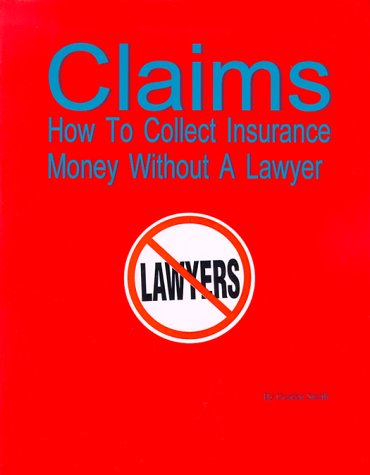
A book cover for Claims: How To Collect Insurance Money Without A Lawyer; Gordon G. Smith; Engineering & Transportation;